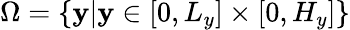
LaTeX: \Omega=\left\{ \mathbf{y}|\mathbf{y}\in[0,L_{y}]\times[0,H_{y}]\right\}